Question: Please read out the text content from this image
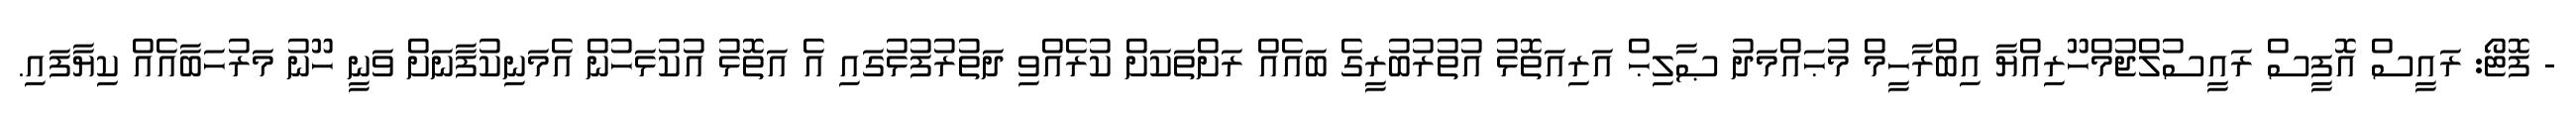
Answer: - ފޮޓޯ: ރައީސް އޮފީސް ރައީސުލްޖުމްހޫރިއްޔާ އިބްރާހީމް މުޙައްމަދު ޞާލިޙް އަރިއަތޮޅު އުތުރުބުރީގެ ބައެއް ރަށްތަކަށް ކުރެއްވި ދަތުރުފުޅުގައި އެ އަތޮޅު އުކުޅަހުން އެމަނިކުފާނަށް ވަނީ ހޫނު މަރުހަބާއެއް ކިޔާފައި.